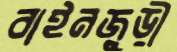
বাইনজুড়ী